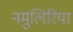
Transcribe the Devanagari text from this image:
नमुलिरिया